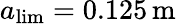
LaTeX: a_{\mathrm{lim}}=0.125\, \mathrm{m}